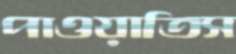
পাওয়াতিস